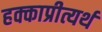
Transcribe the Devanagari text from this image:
हक्काप्रीत्यर्थ